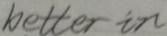
k e t t e r i n